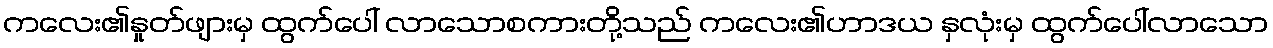
ကလေး၏နှုတ်ဖျားမှ ထွက်ပေါ် လာသောစကားတို့သည် ကလေး၏ဟာဒယ နှလုံးမှ ထွက်ပေါ်လာသော